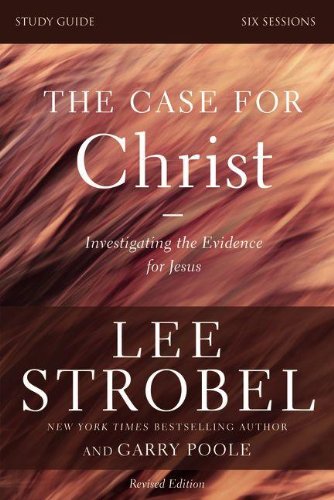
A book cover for The Case for Christ Study Guide Revised Edition: Investigating the Evidence for Jesus; Lee Strobel; Christian Books & Bibles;